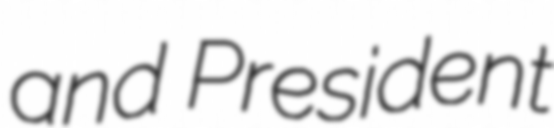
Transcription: and President